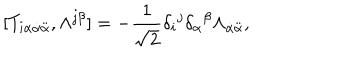
[ T _ { i \alpha \dot { \alpha } \ddot { \alpha } } , \Lambda ^ { j \beta } ] = - \frac 1 { \sqrt { 2 } } \delta _ { i } { } ^ { j } \delta _ { \alpha } { } ^ { \beta } \Lambda _ { \dot { \alpha } \ddot { \alpha } } , \nonumber